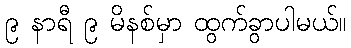
၉ နာရီ ၉ မိနစ်မှာ ထွက်ခွာပါမယ်။